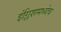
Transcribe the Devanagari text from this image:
इंग्लिशमध्येच